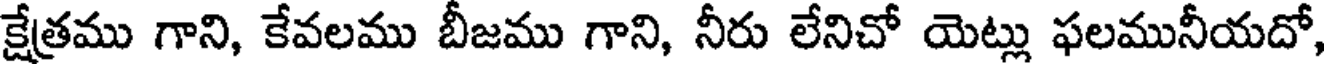
క్షేత్రము గాని, కేవలము బీజము గాని, నీరు లేనిచో యెట్లు ఫలమునీయదో,